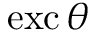
\operatorname { e x c } \theta